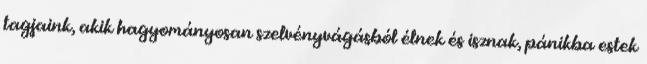
tagjaink, akik hagyományosan szelvényvágásból élnek és isznak, pánikba estek